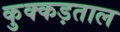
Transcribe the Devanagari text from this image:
कुक्कड़ताल